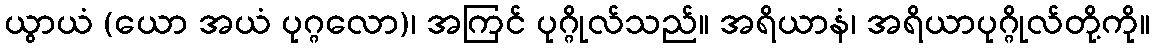
ယွာယံ (ယော အယံ ပုဂ္ဂလော)၊ အကြင် ပုဂ္ဂိုလ်သည်။ အရိယာနံ၊ အရိယာပုဂ္ဂိုလ်တို့ကို။